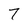
Character: 7